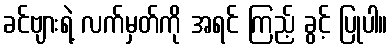
ခင်ဗျားရဲ့ လက်မှတ်ကို အရင် ကြည့် ခွင့် ပြုပါ။